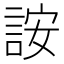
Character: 𬢨